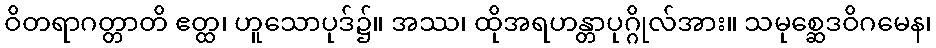
ဝိတရာဂတ္တာတိ ဧတ္ထ၊ ဟူသောပုဒ်၌။ အဿ၊ ထိုအရဟန္တာပုဂ္ဂိုလ်အား။ သမုစ္ဆေဒဝိဂမေန၊